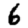
Digit: 6